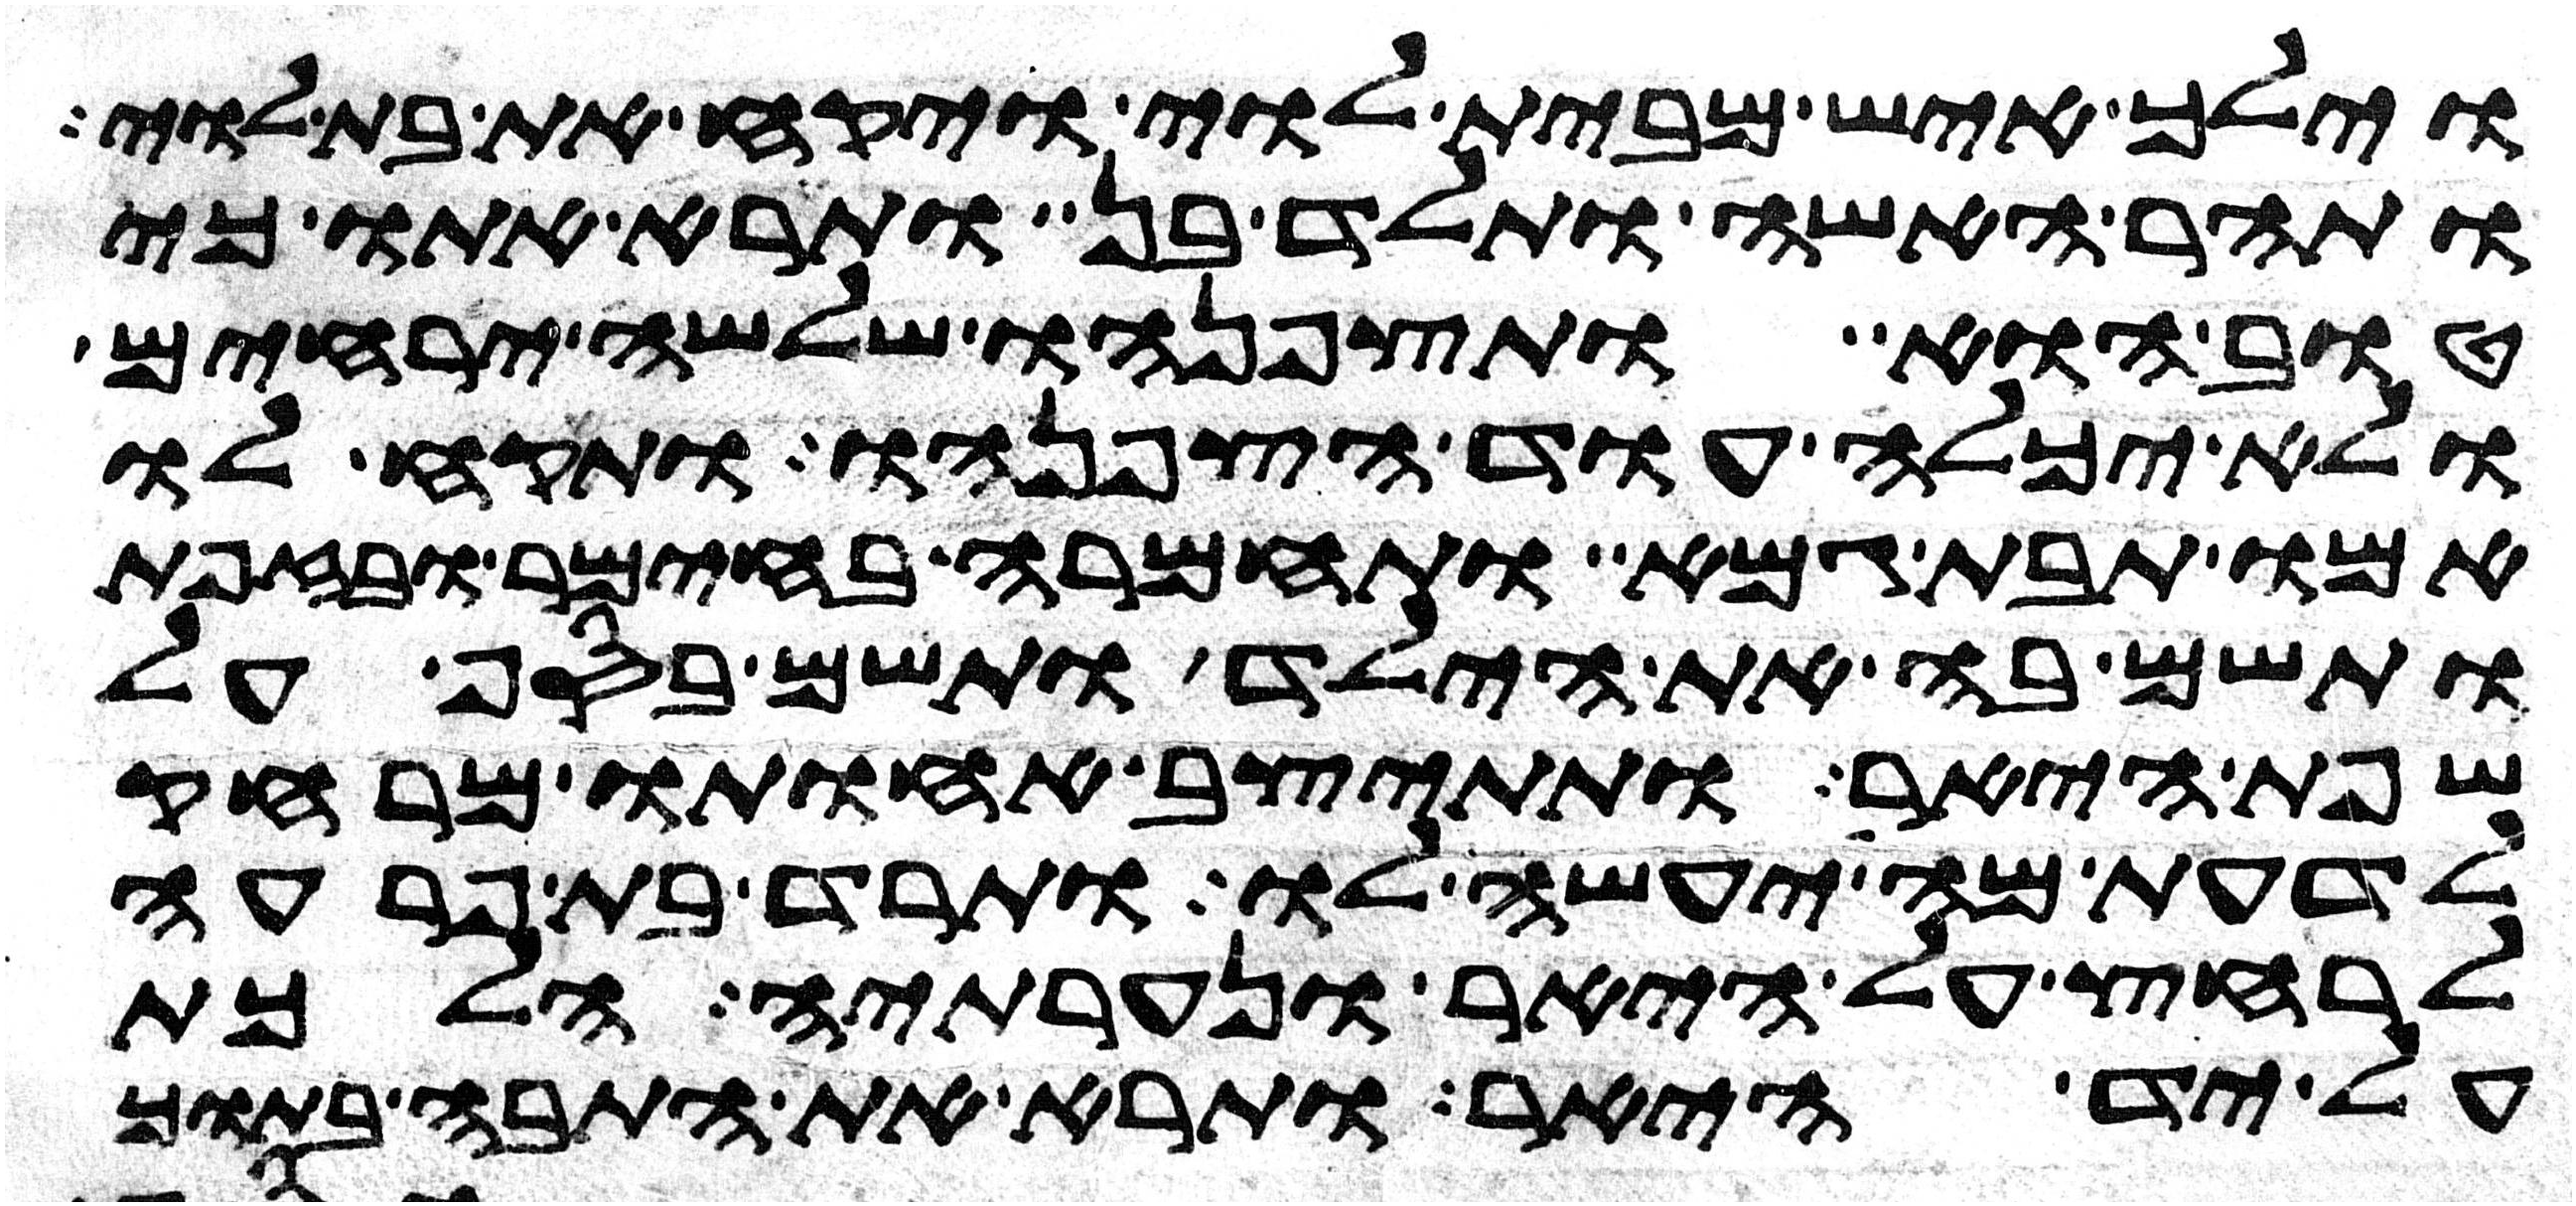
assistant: וילך איש מבית לוי ויקח את בת לוי
ותהר האשה ותלד בן ותרא אתו כי
טוב הוא ותצפנהו שלשה ירחים
ולא יכלה עוד הצפנהו ותקח לו
אמו תבת גמא ותחמרה בחימר ובזפת
ותשם בה את הילד ותשם בסף על
שפת היאר ותתיצב אחותו מרחק
לדעת מה יעשה לו ותרד בת פרעה
לרחץ על היאר ונערתיה הלכת
על יד היאר ותרא את התבה בתוך